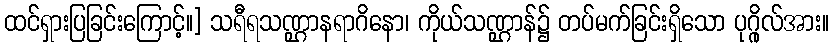
ထင်ရှားပြခြင်းကြောင့်။] သရီရသဏ္ဌာနရာဂိနော၊ ကိုယ်သဏ္ဌာန်၌ တပ်မက်ခြင်းရှိသော ပုဂ္ဂိုလ်အား။